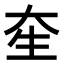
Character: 𤯗